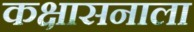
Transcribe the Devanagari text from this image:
कक्षासनाला